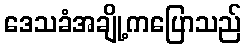
ဒေသခံအချို့ကပြောသည်